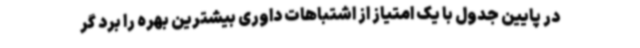
در پایین جدول با یک امتیاز از اشتباهات داوری بیشترین بهره را برد گر